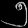
Digit: ၅